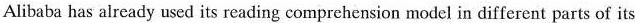
Alibaba has already used its reading comprehension model in different parts of its